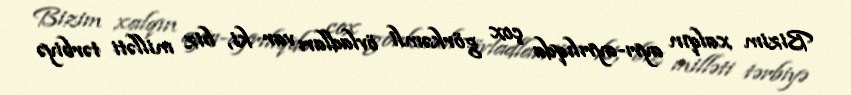
Bizim xalqın ayrı-ayrılıqda çox görkəmli övladları var ki, biz milləti tərbiyə